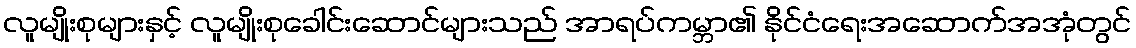
လူမျိုးစုများနှင့် လူမျိုးစုခေါင်းဆောင်များသည် အာရပ်ကမ္ဘာ၏ နိုင်ငံရေးအဆောက်အအုံတွင်